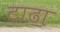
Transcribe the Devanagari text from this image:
टाढा